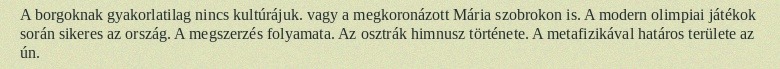
A borgoknak gyakorlatilag nincs kultúrájuk. vagy a megkoronázott Mária szobrokon is. A modern olimpiai játékok során sikeres az ország. A megszerzés folyamata. Az osztrák himnusz története. A metafizikával határos területe az ún.